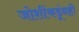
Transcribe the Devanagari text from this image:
जोशींकडूंनही